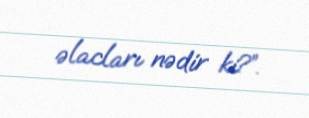
əlacları nədir ki?”.